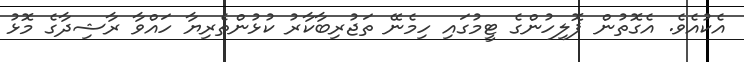
އެކުއެވެ. އެގޮތުން ޕޮލިހުންގެ ޓީމުގައި ހިމެނޭ ތަޖުރިބާކާރު ކުޅުންތެރިޔާ ހައްވާ ރާޝިދާގެ މޮޅު